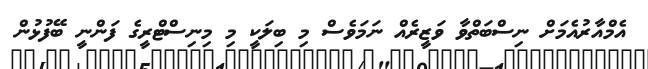
އެމްއާރުއެމަށް ނިސްބަތްވާ ވަޒީރެއް ނަމަވެސް މި ބިލަކީ މި މިނިސްޓްރީގެ ފަންނީ ބޭފުޅުން